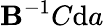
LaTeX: \mathbf{B}^{-1}C{\mathrm{{d}}}a